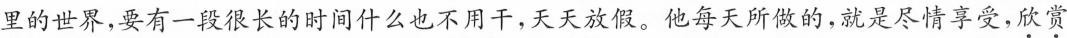
里的世界，要有一段很长的时间什么也不用干，天天放假。他每天所做的，就是尽情享受，欣赏